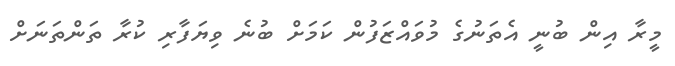
މީރާ އިން ބުނީ އެތަނުގެ މުވައްޒަފުން ކަމަށް ބުނެ ވިޔަފާރި ކުރާ ތަންތަނަށް